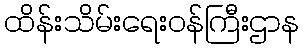
ထိန်းသိမ်းရေးဝန်ကြီးဌာန